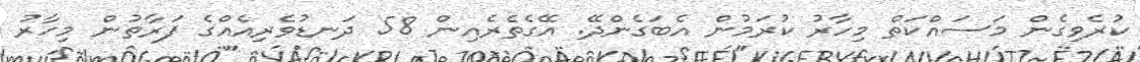
ކުރެވިގެން މަސައްކަތް މިހާރު ކުރަމުން އެބަގެންދޭ. އޭގެތެރެއިން 58 ދަނޑުވެރިއެއްގެ ފަރާތުން މިހާރު